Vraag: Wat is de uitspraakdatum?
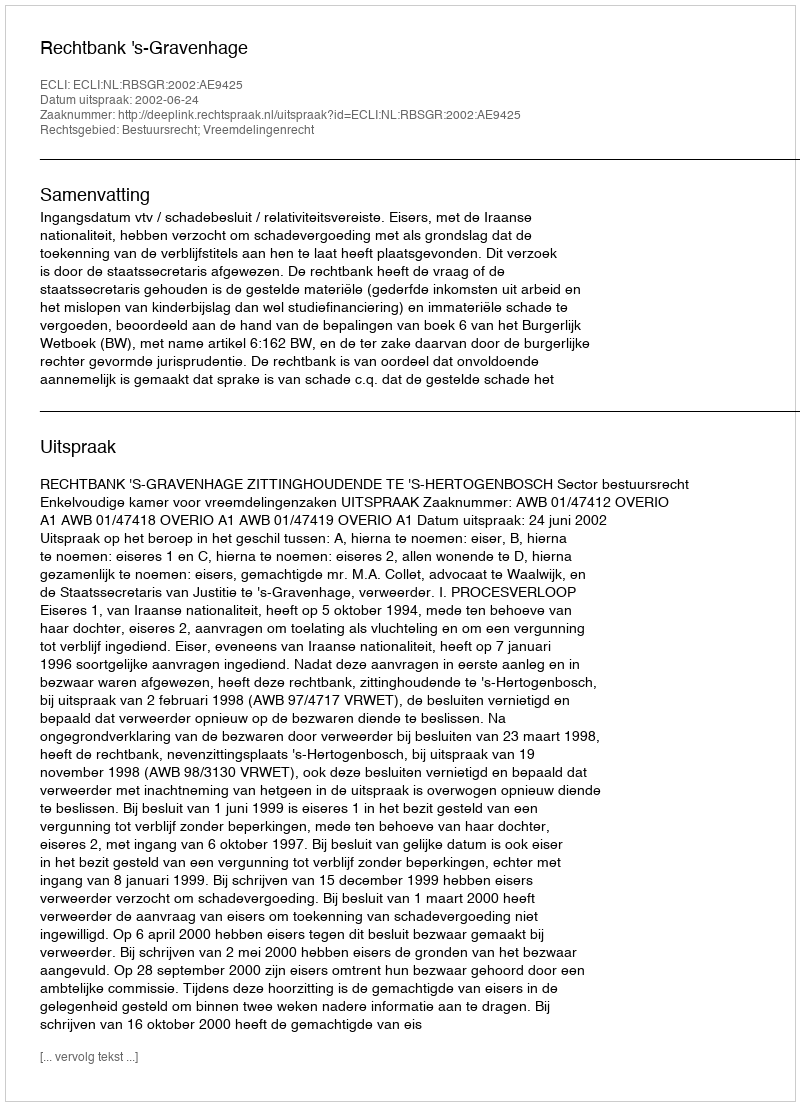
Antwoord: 2002-06-24